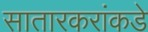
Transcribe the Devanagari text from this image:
सातारकरांकडे